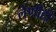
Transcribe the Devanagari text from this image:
लेणीही